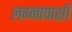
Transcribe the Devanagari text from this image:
लग्नापाशी